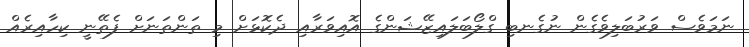
ނަމަވެސް ވަރުބަލިވެގެން ނުގެނބި ގްލޯބަލައިޒޭޝަންގެ އޮއިވަރާއި ދެކޮޅަށް މި ތަންތަނަށް ފެތޭނީ ކިހާއިރެއް